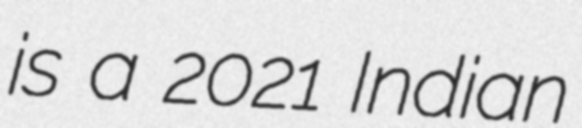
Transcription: is a 2021 Indian